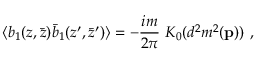
\langle b _ { 1 } ( z , \bar { z } ) \bar { b } _ { 1 } ( z ^ { \prime } , \bar { z } ^ { \prime } ) \rangle = - { \frac { i m } { 2 \pi } } ~ K _ { 0 } ( d ^ { 2 } m ^ { 2 } ( { \bf p } ) ) ~ ,